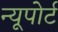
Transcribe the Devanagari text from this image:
न्‍यूपोर्ट